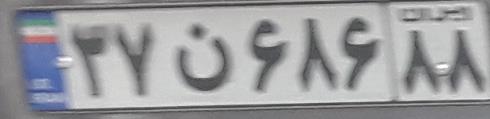
۳۷ن۶۸۶۸۸